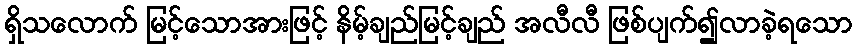
ရှိသလောက် မြင့်သောအားဖြင့် နိမ့်ချည်မြင့်ချည် အလီလီ ဖြစ်ပျက်၍လာခဲ့ရသော